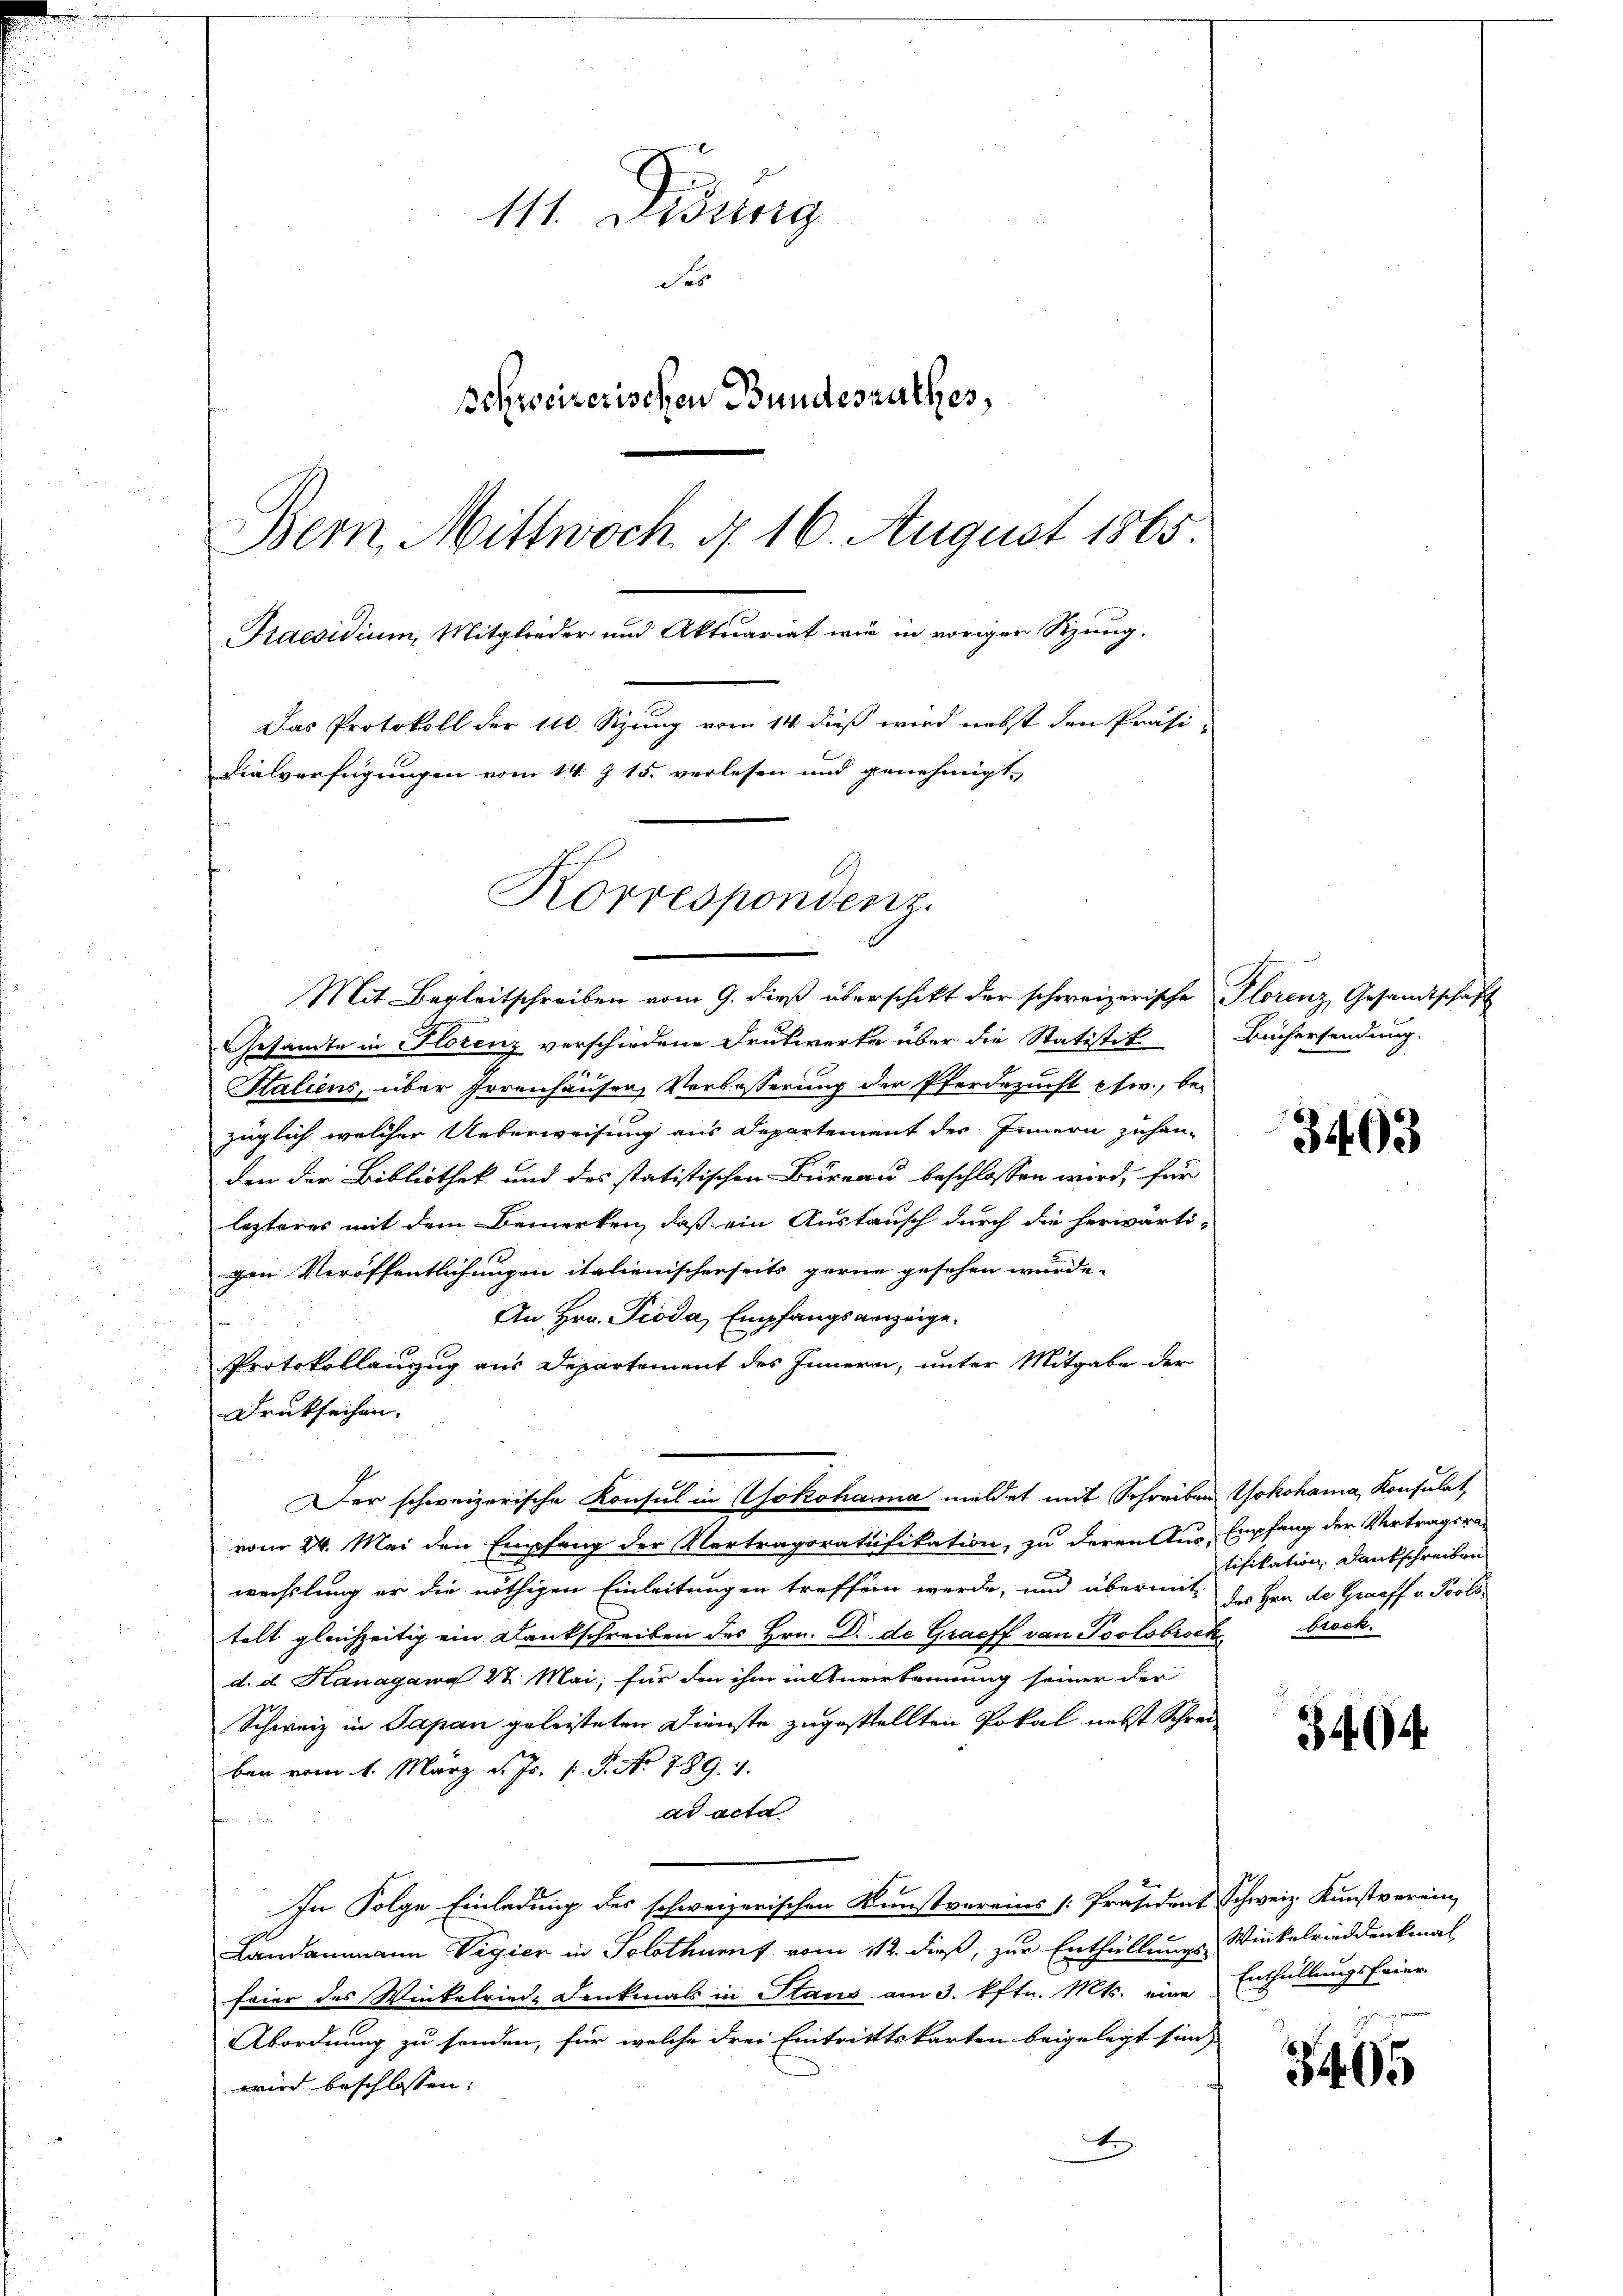
111. Diszig
des
schweizerischen Bundesrathes,
Bern Mittwoch d. 16. August 1865.
Praesidium Mitglieder und Aktuariat wir in voriger Sitzung.
Das Protokoll der 110. Sitzung vom 14. dieß wird nebst den Präsi-
dialverfügungen vom 14. Z. 15. verlesen und genehmigt.
Korrespondenz.

Der schweizerische Konsul in Yokohama mildet mit Schreiben Yokohama, Konsulat

Mit Begleitschreiben vom 9. dieß überschikt der schweizerische Florenz Gesandtschaft
Gesandte in Florenz verschiedene Drukwerke über die Statistik
Staliens, über Irrenhäuser, Verbesserung der Pferdezucht psw., bezüglich welcher Ueberweisung aus Departement des Innern zuhan-
den der Bibliothek und des statistischen Büreau beschlossen wird, für
lezteres mit dem Bemerken, daß ein Austausch durch die herwärti-
gen Veröffentlichungen italienischerseits gerne gesehen wurde.
An Hrn. Pioda, Empfangsanzeige.
e
Protokollanzug aus Departement des Innern, unter Mitgabe der
Druksachen.
vom 24. Mai den Empfang der Vertragsratifikation, zu deren Aus-Empfang der Vertragsrat
wechslung er die nöthigen Einleitungen treffen werde, und übermit
telt gleichzeitig ein Dankschreiben des Hrn. Dr. de Graeff von Poolobrock brock
d. d. Hanagang 22. Mai, für den ihm in Anerkennung seiner der
Schweiz in Japan geleisteten Dienste zugestellten Pokal nebst Schreiben vom 1. März d. Js. (T. No 789. 4.
ad acta
In Folge Einladung des schweizerischen Kunstvereins [Präsident Schweiz. Kunstverein,
Landammann Vigier in Solothurn vom 112. dieß, zur Enthüllungs Winkelrieddenkmal
feier des Winkelriede Denkmals in Staus am 3. Pftr. Mts. eine Enthüllungsfeier-
Abordnung zu senden, für welche drei Eintritttskarten beigelegt sind
wird beschlossen:
x

Büchersendung.

3403

tifikation, Dankschreiben
des Hern de Graeff v. Pols

3404.

3465